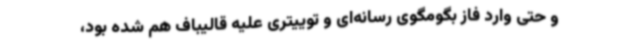
و حتی وارد فاز بگومگوی رسانه‌‌ای و توییتری علیه قالیباف هم شده بود،